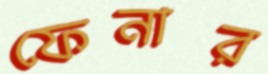
ফেনার